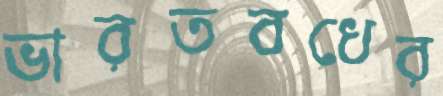
ভারতবধের